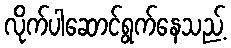
လိုက်ပါဆောင်ရွက်နေသည့်